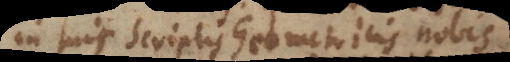
in suis Scriptis Geometricis nobis